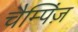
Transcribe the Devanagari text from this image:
चैम्पिंज़